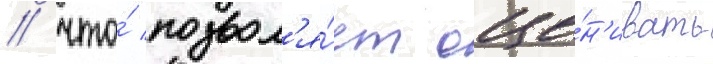
/ что́ позвол'я́ет оце́н'ивать